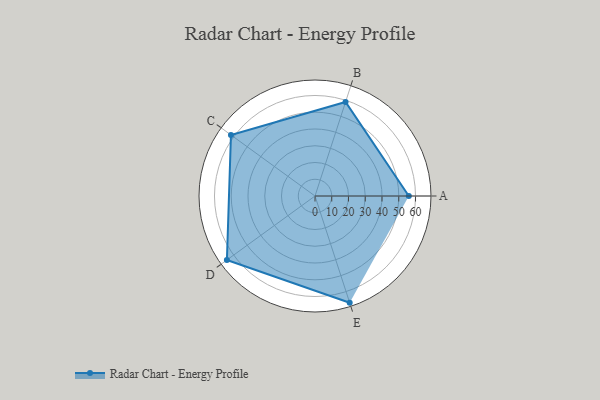
{"axis": {"x": "Skill", "y": "Score"}, "legend": ["Profile"], "data": [{"x": "A", "y": 56.0, "type": "Profile"}, {"x": "B", "y": 59.0, "type": "Profile"}, {"x": "C", "y": 62.0, "type": "Profile"}, {"x": "D", "y": 65.0, "type": "Profile"}, {"x": "E", "y": 67.0, "type": "Profile"}]}